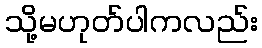
သို့မဟုတ်ပါကလည်း